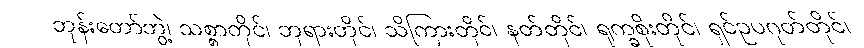
ဘုန်းတော်ဘွဲ့၊ သစ္စာတိုင်၊ ဘုရားတိုင်၊ သိကြားတိုင်၊ နတ်တိုင်၊ ရုက္ခစိုးတိုင်၊ ရှင်ဥပဂုတ်တိုင်၊